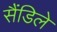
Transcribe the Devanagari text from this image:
सैंडिले